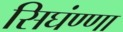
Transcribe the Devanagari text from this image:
सिघंण्णा